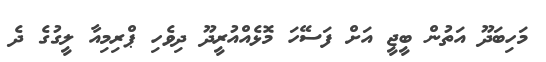
މަހިބަދޫ އަތުން ބީޖީ އަށް ފަސޭހަ މޮޅެއްއުރީދޫ ދިވެހި ޕްރިމިއާ ލީގުގެ ދެ